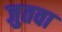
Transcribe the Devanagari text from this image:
जुतवा